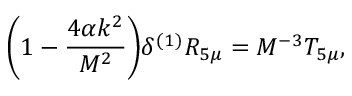
\bigg ( 1 - \frac { 4 \alpha k ^ { 2 } } { M ^ { 2 } } \bigg ) \delta ^ { ( 1 ) } R _ { 5 \mu } = M ^ { - 3 } T _ { 5 \mu } , \,